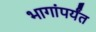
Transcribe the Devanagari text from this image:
भागांपर्यंत